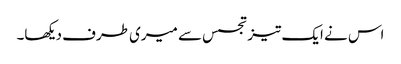
اس نے ایک تیز تجسس سے میری طرف دیکھا۔